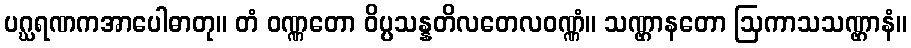
ပဂ္ဃရဏကအာပေါဓာတု။ တံ ဝဏ္ဏတော ဝိပ္ပသန္နတိလတေလဝဏ္ဏံ။ သဏ္ဌာနတော ဩကာသသဏ္ဌာနံ။